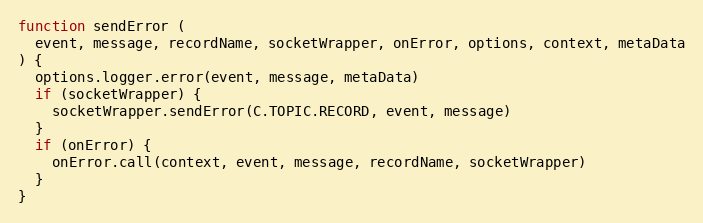
Language: JavaScript
function sendError (
  event, message, recordName, socketWrapper, onError, options, context, metaData
) {
  options.logger.error(event, message, metaData)
  if (socketWrapper) {
    socketWrapper.sendError(C.TOPIC.RECORD, event, message)
  }
  if (onError) {
    onError.call(context, event, message, recordName, socketWrapper)
  }
}